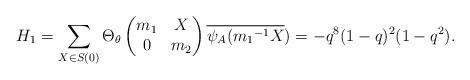
LaTeX: \begin{align*} H_1=\sum_{X \in S(0)}\Theta_{\theta} \begin{pmatrix} m_1 & X\\ 0 & m_2\end{pmatrix}\overline{\psi_A({m_1}^{-1}X})=-q^8(1-q)^2(1-q^2).\end{align*}